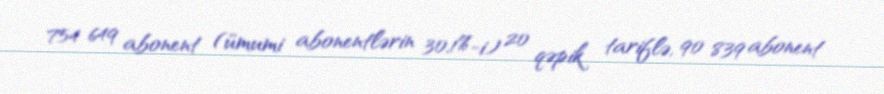
754 649 abonent (ümumi abonentlərin 30,1%-i) 20 qəpik tariflə, 90 839 abonent